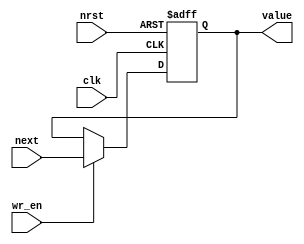
module syn_reg #(
    parameter W = 32,
    parameter INITIAL = 0)(
    input clk,
    input nrst,
    input wr_en,
    input [W-1:0] next,
    output reg [W-1:0] value);
    
initial value = INITIAL;

always @ (posedge clk or negedge nrst) begin
    if (nrst == 1'b0) begin
        value <= INITIAL;
    end
    else if (wr_en) begin
        value <= next;
    end
end
endmodule